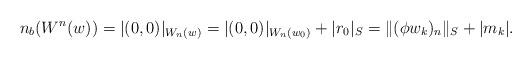
LaTeX: \begin{align*} n_b(W^n(w))=\lvert (0,0)\rvert_{W_n(w)}=\lvert (0,0)\rvert_{W_n(w_0)}+\lvert r_0\rvert_S=\lVert (\phi w_k)_n\rVert_S+\lvert m_k\rvert.\end{align*}